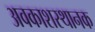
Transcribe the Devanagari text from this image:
अवकाशस्थानक